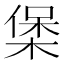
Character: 𭫄